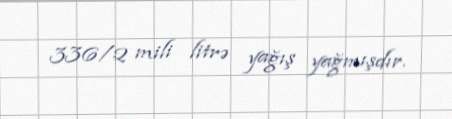
336/2 mili litrə yağış yağmışdır.